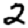
Digit: 2